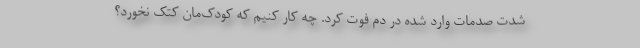
شدت صدمات وارد شده در دم فوت کرد. چه کار کنیم که کودک‌مان کتک نخورد؟